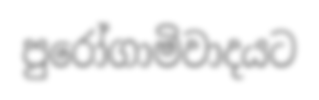
පුරෝගාමිවාදයට